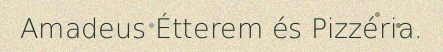
Amadeus Étterem és Pizzéria.